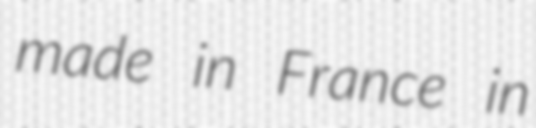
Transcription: made in France in